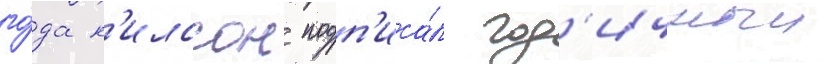
го́да н'илссон подп'иса́л год'ичныи